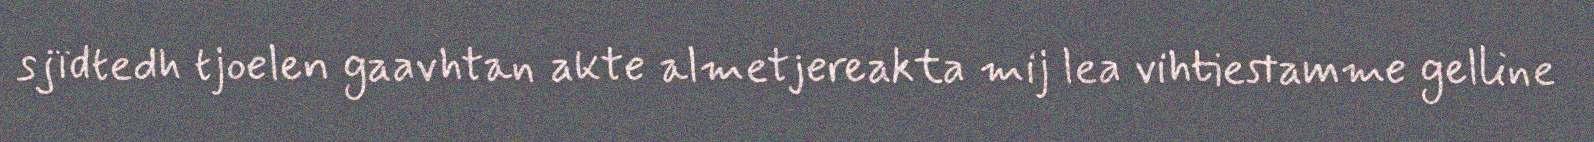
sjïdtedh tjoelen gaavhtan akte almetjereakta mij lea vihtiestamme gelline